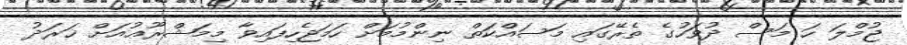
ޖުމްލަ ހަ މަސް ދުވަހުގެ ތެރޭގައި މަސައްކަތް ނިންމުމަށް ހަމަޖެހިފައިވާ މިމަޝްރޫޢުއަށް ޚަރަދު